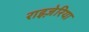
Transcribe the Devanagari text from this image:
राइज़ेरिया